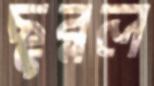
ছুব্‌লল